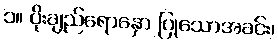
၁။ ပိုးချည်ရောနှော ပြုသောအခင်း၊